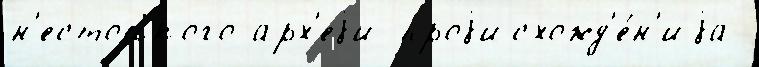
н'естойкого арх'еjи проjисхожд'е́н'иjа